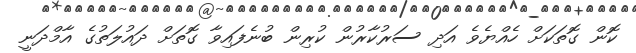
ކޮން ގޮތަކަށް ހެއްޔެވެ އަދި ސަރުކާރުން ކުރިން ބުނެފައިވާ ގޮތަށް ދައުލަތުގެ އާމްދަނީ